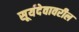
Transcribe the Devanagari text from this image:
सूर्यदेवावरील